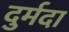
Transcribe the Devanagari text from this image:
दुर्मदा